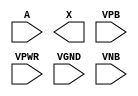
/**
 * Copyright 2020 The SkyWater PDK Authors
 *
 * Licensed under the Apache License, Version 2.0 (the "License");
 * you may not use this file except in compliance with the License.
 * You may obtain a copy of the License at
 *
 *     https://www.apache.org/licenses/LICENSE-2.0
 *
 * Unless required by applicable law or agreed to in writing, software
 * distributed under the License is distributed on an "AS IS" BASIS,
 * WITHOUT WARRANTIES OR CONDITIONS OF ANY KIND, either express or implied.
 * See the License for the specific language governing permissions and
 * limitations under the License.
 *
 * SPDX-License-Identifier: Apache-2.0
 */

`ifndef SKY130_FD_SC_HD__CLKDLYBUF4S18_PP_SYMBOL_V
`define SKY130_FD_SC_HD__CLKDLYBUF4S18_PP_SYMBOL_V

/**
 * clkdlybuf4s18: Clock Delay Buffer 4-stage 0.18um length inner stage
 *                gates.
 *
 * Verilog stub (with power pins) for graphical symbol definition
 * generation.
 *
 * WARNING: This file is autogenerated, do not modify directly!
 */

`timescale 1ns / 1ps
`default_nettype none

(* blackbox *)
module sky130_fd_sc_hd__clkdlybuf4s18 (
    //# {{data|Data Signals}}
    input  A   ,
    output X   ,

    //# {{power|Power}}
    input  VPB ,
    input  VPWR,
    input  VGND,
    input  VNB
);
endmodule

`default_nettype wire
`endif  // SKY130_FD_SC_HD__CLKDLYBUF4S18_PP_SYMBOL_V